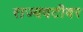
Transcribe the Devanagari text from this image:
राज्यवटीवर